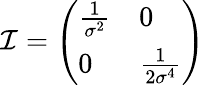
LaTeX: {\mathcal{I}}={\left(\begin{array}{ll}{{\frac{1}{\sigma^{2}}}}&{0}\\ {0}&{{\frac{1}{2\sigma^{4}}}}\end{array}\right)}